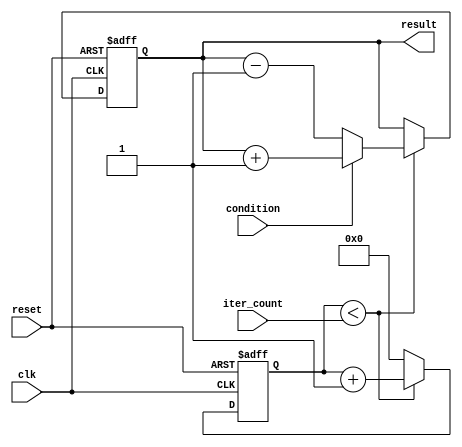
module Loop (
  input wire clk,
  input wire reset,
  input wire [7:0] iter_count,
  input wire condition,
  output reg [7:0] result
);

parameter MAX_ITER = 255;
reg [7:0] iter;

always @ (posedge clk or posedge reset) begin
  if (reset) begin
    iter <= 0;
    result <= 0;
  end else begin
    if (iter < iter_count) begin
      if (condition) begin
        // Condition met, do something
        result <= result + 1;
      end else begin
        // Condition not met, do something else
        result <= result - 1;
      end
      iter <= iter + 1;
    end else begin
      iter <= 0;
    end
  end
end

endmodule